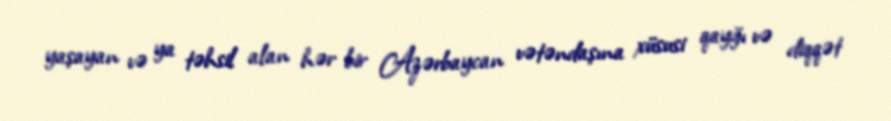
yaşayan və ya təhsil alan hər bir Azərbaycan vətəndaşına xüsusi qayğı və diqqət